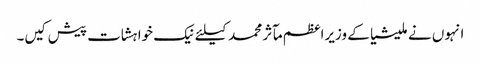
انہوں نے ملیشیا کے وزیراعظم مآثر محمد کیلئے نیک خواہشات پیش کیں۔